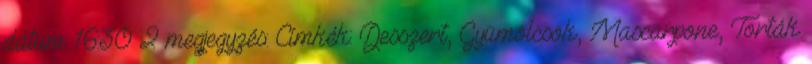
dátum: 16:30 2 megjegyzés: Címkék: Desszert, Gyümölcsök, Mascarpone, Torták